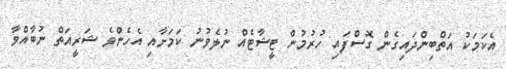
އެކަމަކު އަތްބިންދައިގެން ގޮސްފައި ހުރުމުން ޓީޝާޓެއް ނުލެވުނު ކަމަށާއި އެހެންވެ ޝަރީއަތް ނުބާއްވާ